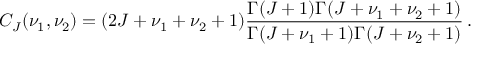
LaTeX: C _ { J } ( \nu _ { 1 } , \nu _ { 2 } ) = ( 2 J + \nu _ { 1 } + \nu _ { 2 } + 1 ) \frac { { \mit \Gamma } ( J + 1 ) { \mit \Gamma } ( J + \nu _ { 1 } + \nu _ { 2 } + 1 ) } { { \mit \Gamma } ( J + \nu _ { 1 } + 1 ) { \mit \Gamma } ( J + \nu _ { 2 } + 1 ) } \, .